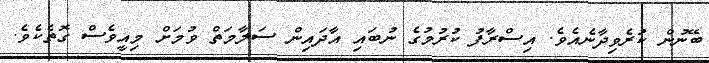
ބޭނުން ކުރެވިދާނެއެވެ. އިސްރާފު ކުރުމުގެ ނުބައި އާދައިން ސަލާމަތް ވުމަށް މިއީވެސް ގޮތެކެވެ.